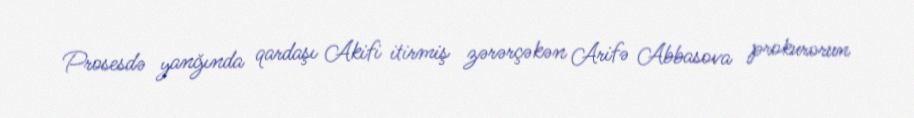
Prosesdə yanğında qardaşı Akifi itirmiş zərərçəkən Arifə Abbasova prokurorun